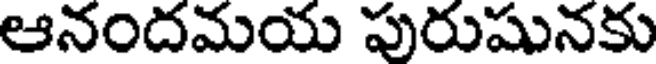
ఆనందమయ పురుషునకు